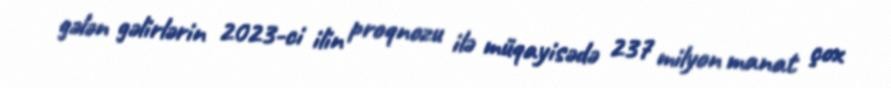
gələn gəlirlərin 2023-ci ilin proqnozu ilə müqayisədə 237 milyon manat çox